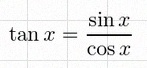
\tan x=\frac{\sin x}{\cos x}